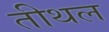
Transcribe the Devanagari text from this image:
तीथल